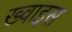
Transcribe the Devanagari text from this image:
ख्वाइस